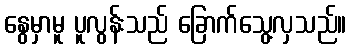
နွေမှာမူ ပူလွန်းသည် ခြောက်သွေ့လှသည်။